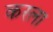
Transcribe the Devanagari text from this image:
करला